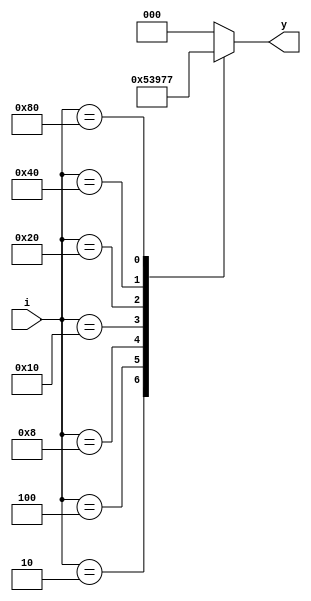
module encoder_83(i,y);
 input [7:0]i;
 output [2:0]y;
 reg [2:0]y;
 always@(i)
 case(i)
 8'b00000001:y=3'b000;
 8'b00000010:y=3'b001;
 8'b00000100:y=3'b010;
 8'b00001000:y=3'b011;
 8'b00010000:y=3'b100;
 8'b00100000:y=3'b101;
 8'b01000000:y=3'b110;
 8'b10000000:y=3'b111;
 default:y=3'b000;
 endcase
 endmodule